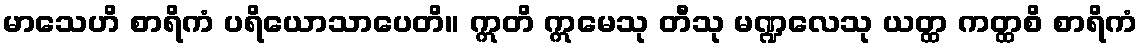
မာသေဟိ စာရိကံ ပရိယောသာပေတိ။ ဣတိ ဣမေသု တီသု မဏ္ဍလေသု ယတ္ထ ကတ္ထစိ စာရိကံ